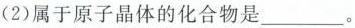
(2)属于原子晶体的化合物是___。